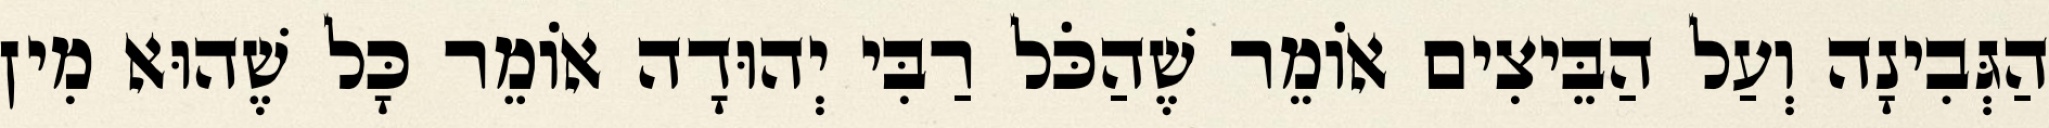
הַגְּבִינָה וְעַל הַבֵּיצִים אוֹמֵר שֶׁהַכֹּל רַבִּי יְהוּדָה אוֹמֵר כָּל שֶׁהוּא מִין